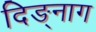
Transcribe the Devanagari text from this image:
दिङ्‌नाग